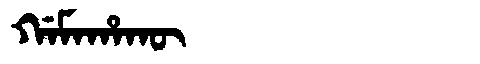
Manchu: ᡤᠠᠮᠠᡥᠠᡴᡡ
Romanization: GAMAHAKŪ